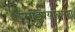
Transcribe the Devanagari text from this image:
मांडण्याकरता